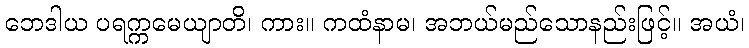
ဘေဒါယ ပရက္ကမေယျာတိ၊ ကား။ ကထံနာမ၊ အဘယ်မည်သောနည်းဖြင့်။ အယံ၊